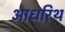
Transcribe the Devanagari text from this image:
आधरिथ